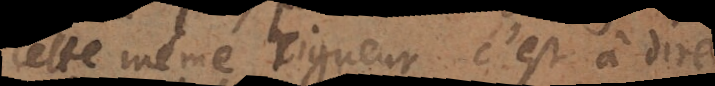
cette même rigueur, c’est à dire